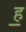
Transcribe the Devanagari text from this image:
ह॒